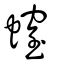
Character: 螲